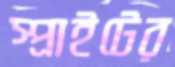
স্প্রাইটের